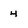
Character: 4